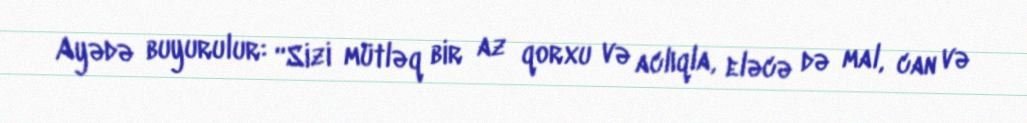
Ayədə buyurulur: “Sizi mütləq bir az qorxu və aclıqla, eləcə də mal, can və